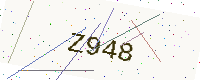
Text: Z948